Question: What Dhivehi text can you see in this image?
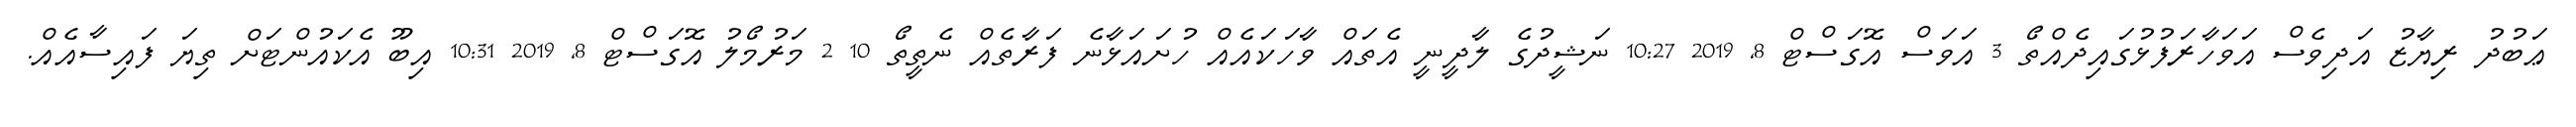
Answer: ޢަބުދު ރިޔާޒު އަދިވެސް އަވަހާރަފުޅުގައިދެއްތޯ 3 އަވަސް އޮގަސްޓް 8, 2019 10:27 ނަޝީދުގެ ލާދީނީ އެތައް ވާހަކައެއް ހުށައަޅާނެ ފަރާތެއް ނެތީތޯ 10 2 މަރުމޯލު އޮގަސްޓް 8, 2019 10:31 އިބޫ އެކައުންޓަށް ތިޔަ ފައިސާއެއް.